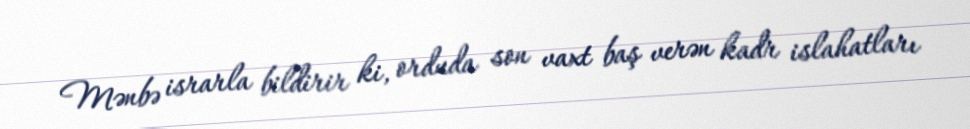
Mənbə israrla bildirir ki, orduda son vaxt baş verən kadr islahatları